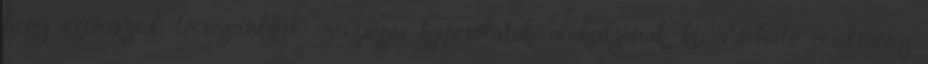
hogy szomszéd térségeinkkel egészséges kapcsolatok alakuljanak ki. Várható eredmény